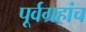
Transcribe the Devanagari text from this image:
पूर्वग्रहांच